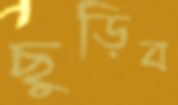
ছুড়িব